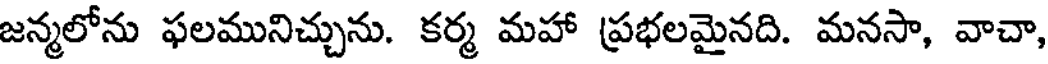
జన్మలోను ఫలమునిచ్చును. కర్మ మహా ప్రభలమైనది. మనసా, వాచా,